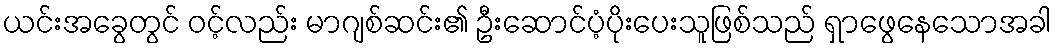
ယင်းအခွေတွင် ၀င့်လည်း မာဂျစ်ဆင်း၏ ဦးဆောင်ပံ့ပိုးပေးသူဖြစ်သည် ရှာဖွေနေသောအခါ